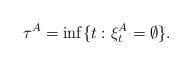
LaTeX: \begin{align*}\tau^A = \inf \{t: \xi^{A}_{t} = \emptyset \}.\end{align*}